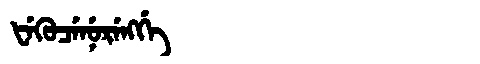
Manchu: ᡶᡝᡴᡠᠴᡝᠨᡠᡵᡝᠩᡤᡝ
Romanization: FEKUCENURENGGE